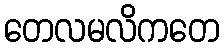
တေလမလိကတေ